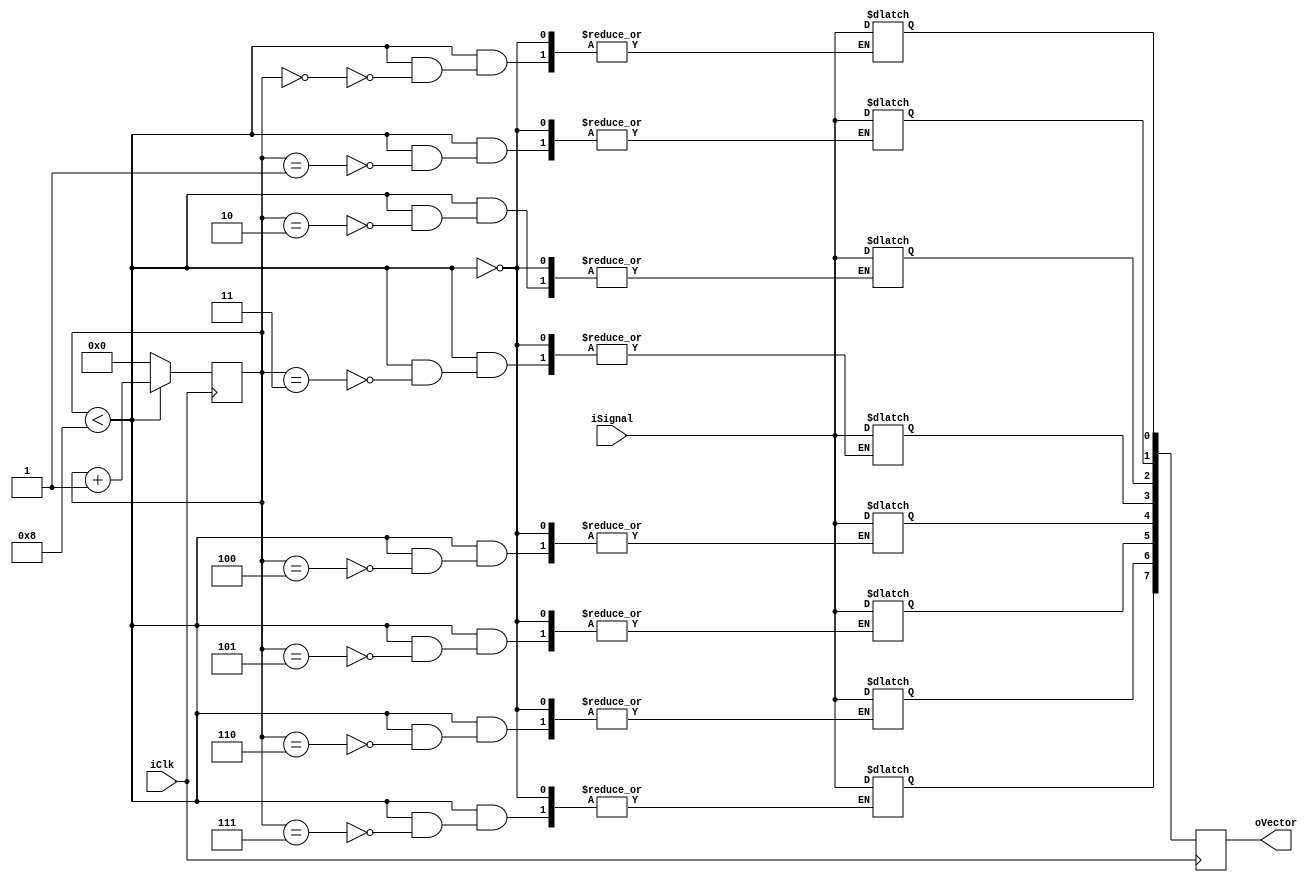
module AV (
	input iClk,
	input iSignal,
	output [7:0]oVector
);

reg [7:0]rVector_D = 8'd0;
reg [7:0]rVector_Q = 8'd0;

reg [3:0]rCount_D;
reg [3:0]rCount_Q;

assign oVector = rVector_Q;

always @ (posedge iClk)
begin
	rVector_Q <= rVector_D;
	rCount_Q <= rCount_D;
end

always @ *
begin
	if(rCount_Q < 4'd8)
	begin
		rVector_D[rCount_Q] = iSignal;
		rCount_D = rCount_Q + 4'd1;
	end
	else
	begin
		rCount_D = 4'd0;
	end
end

endmodule